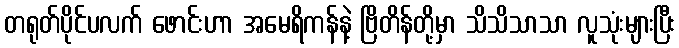
တရုတ်ပိုင်ပလက် ဖောင်းဟာ အမေရိကန်နဲ့ ဗြိတိန်တို့မှာ သိသိသာသာ လူသုံးများပြီး